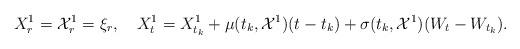
\begin{align*}X_{r}^1=\mathcal{X}_{r}^1=\xi_r,\quad{X}^{1}_t= X_{t_k}^1+ \mu(t_k,\mathcal{X}^{1})(t-t_k)+ \sigma(t_k,\mathcal{X}^{1})(W_t-W_{t_k}).\end{align*}